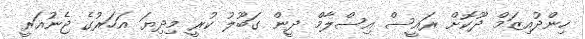
ހިންދުއިޒަމް ދޫކޮށް ރައީސް އިސްލާމް ދީން ގަބޫލު ކުރީ މިދިޔަ އަހަރުގެ ޖެނުއަރީ